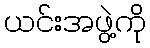
ယင်းအဖွဲ့ကို